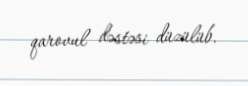
qarovul dəstəsi düzülüb.